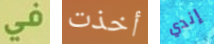
في أخذت إندي